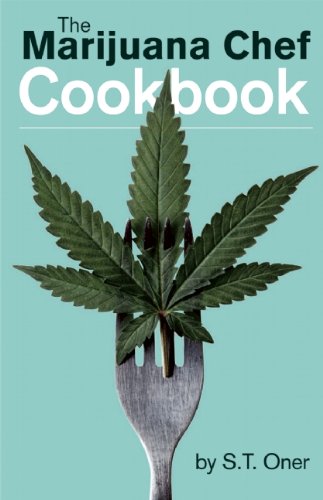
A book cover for The Marijuana Chef Cookbook; S. T. Oner; Cookbooks, Food & Wine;